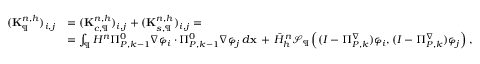
\begin{array} { r l } { ( \mathbf { K } _ { \P } ^ { n , h } ) _ { i , j } } & { = ( \mathbf { K } _ { c , \P } ^ { n , h } ) _ { i , j } + ( \mathbf { K } _ { s , \P } ^ { n , h } ) _ { i , j } = } \\ & { = \int _ { \P } H ^ { n } \Pi _ { { P } , k - 1 } ^ { 0 } \nabla \varphi _ { i } \cdot \Pi _ { { P } , k - 1 } ^ { 0 } \nabla \varphi _ { j } \, d \mathbf { x } \, + \, \bar { H } _ { h } ^ { n } \mathcal { S } _ { \P } \left( ( I - \Pi _ { { P } , k } ^ { \nabla } ) \varphi _ { i } , ( I - \Pi _ { { P } , k } ^ { \nabla } ) \varphi _ { j } \right) , } \end{array}